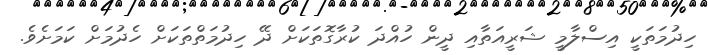
ހިދުމަތަކީ އިސްލާމީ ޝަރީއަތާއި ދީން ހުއްދަ ކުރާގޮތަކަށް ދޭ ހިދުމަތްތަކަށް ހެދުމަށް ކަމަށެވެ.